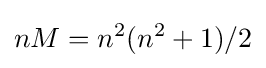
nM=n^{2}(n^{2}+1)/2